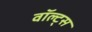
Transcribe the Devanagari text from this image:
वॉल्ट्स